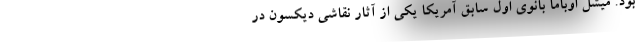
بود. میشل اوباما بانوی اول سابق آمریکا یکی از آثار نقاشی دیکسون در